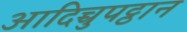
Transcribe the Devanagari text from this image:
आदिच्चुपट्ठान